38_143685_box_Incident_Summaries_101-172
Agency: Department of War
Page 119
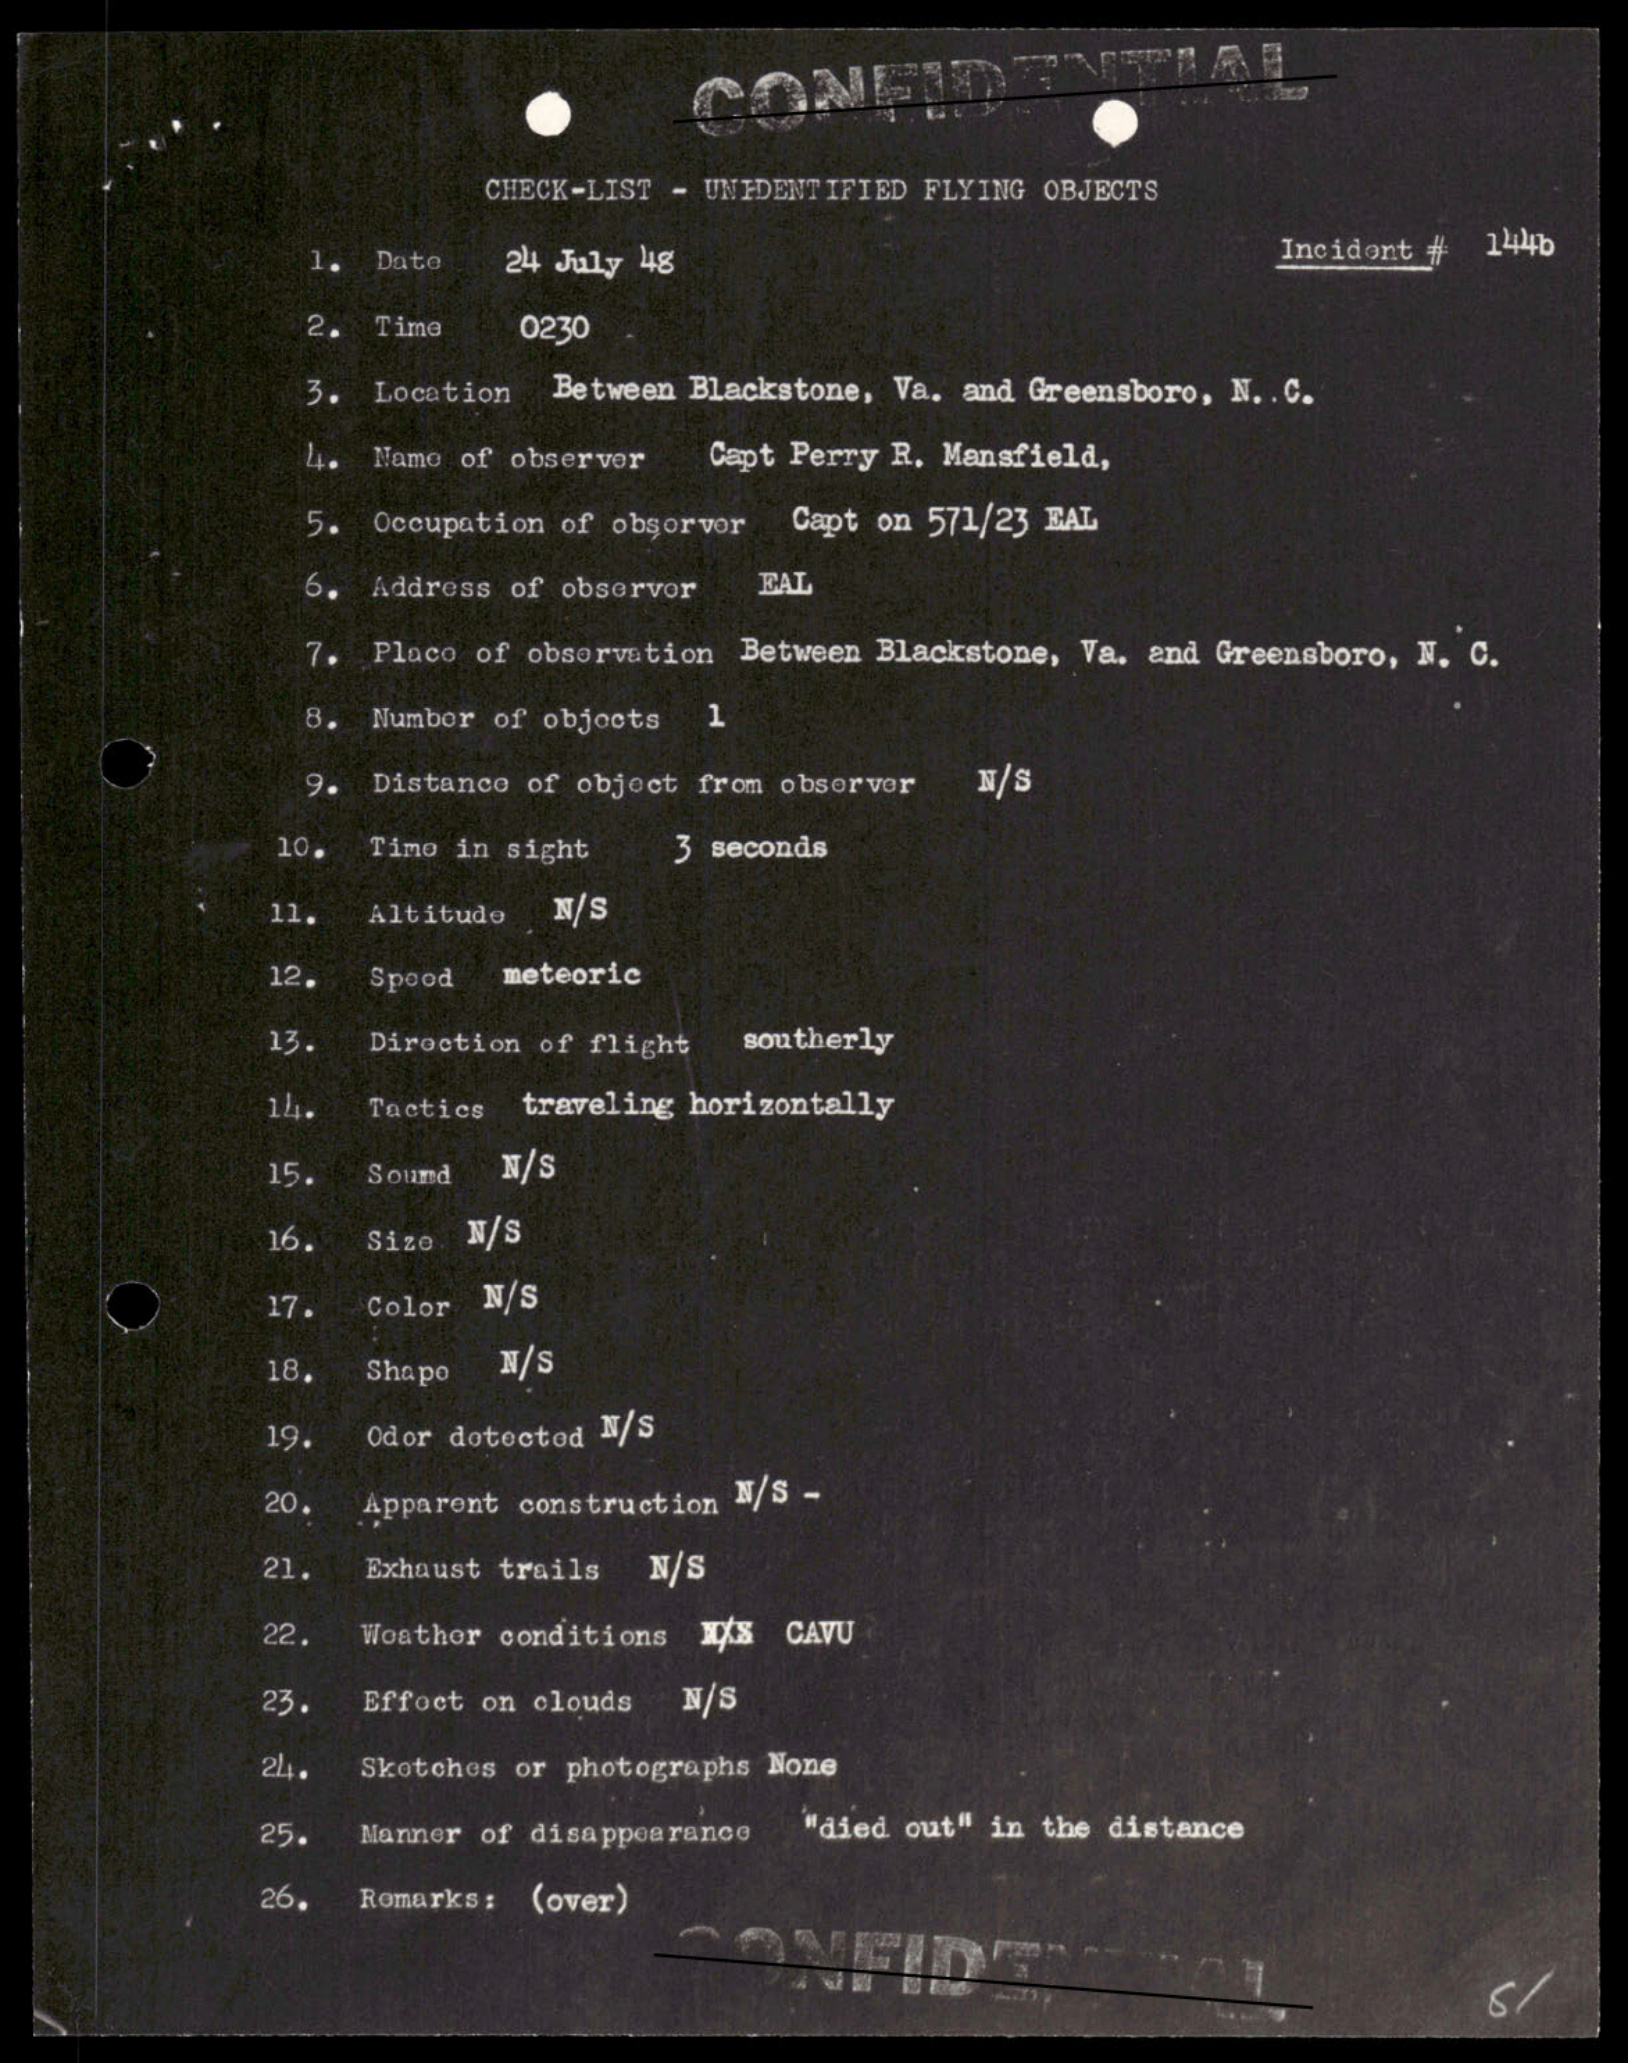